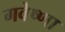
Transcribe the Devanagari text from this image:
गवेष्णा